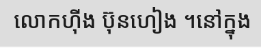
លោកហ៊ីង ប៊ុនហៀង ។នៅក្នុង